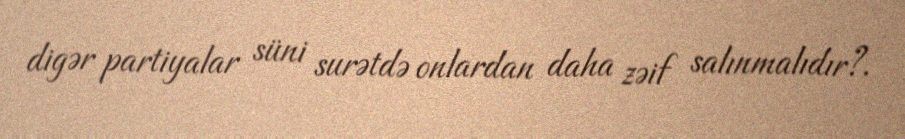
digər partiyalar süni surətdə onlardan daha zəif salınmalıdır?.